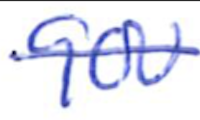
Text: 900
Cross-out: single-line
Writing tool: ballpoint